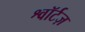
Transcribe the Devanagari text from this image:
श्वॉर्टज़